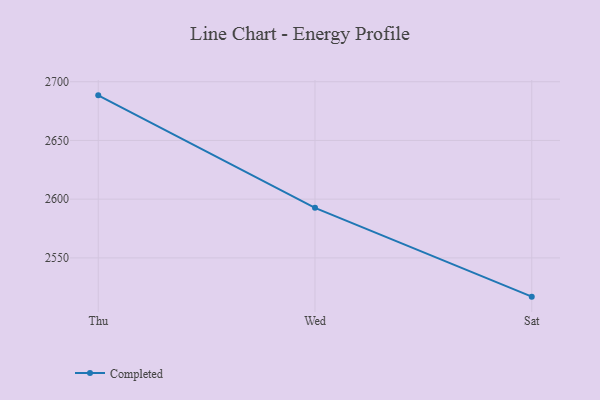
{"axis": {"x": "Day", "y": "Page Views"}, "legend": ["Completed"], "data": [{"x": "Thu", "y": 2688.4, "type": "Completed"}, {"x": "Wed", "y": 2592.6, "type": "Completed"}, {"x": "Sat", "y": 2517.0, "type": "Completed"}]}